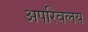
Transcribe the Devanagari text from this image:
अपरिवलय